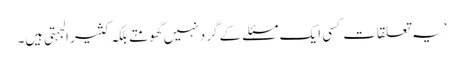
’یہ تعلقات کسی ایک مسئلے کے گرد نہیں گھومتے بلکہ کثیر الجہتی ہیں۔